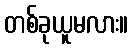
တစ်ခုယူမလား။